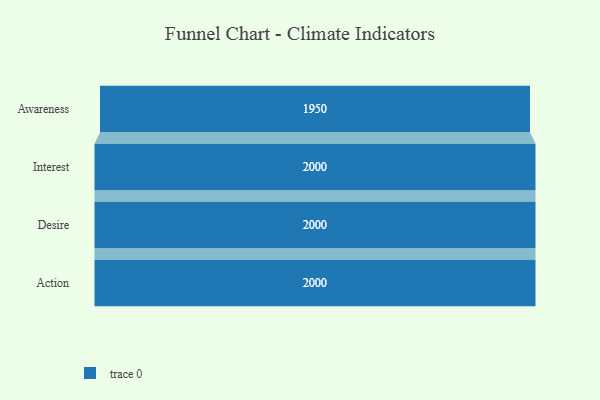
{"axis": {"x": "Stage", "y": "Value"}, "legend": [""], "data": [{"x": "Awareness", "y": 1950.0, "type": ""}, {"x": "Interest", "y": 2000, "type": ""}, {"x": "Desire", "y": 2000, "type": ""}, {"x": "Action", "y": 2000, "type": ""}]}